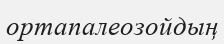
ортапалеозойдың